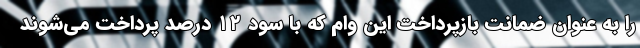
را به عنوان ضمانت بازپرداخت این وام که با سود ۱۲ درصد پرداخت می‌شوند